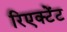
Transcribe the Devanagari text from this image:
रिएक्टेंट